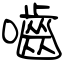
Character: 嚙